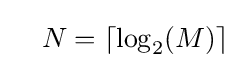
\quad N=\left\lceil \log _{2}(M)\right\rceil